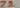
Text: Z2